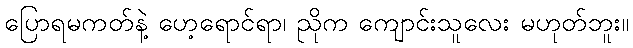
ပြောရမကတ်နဲ့ ဟေ့ရောင်ရာ၊ ညိုက ကျောင်းသူလေး မဟုတ်ဘူး။